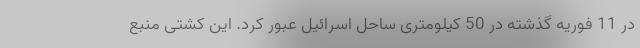
در 11 فوریه گذشته در 50 کیلومتری ساحل اسرائیل عبور کرد. این کشتی منبع